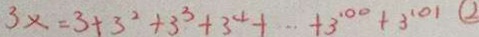
3 x = 3 + 3 ^ { 2 } + 3 ^ { 3 } + 3 ^ { 4 } + \cdots + 3 ^ { 1 0 0 } + 3 ^ { 1 0 1 } \textcircled { 2 }